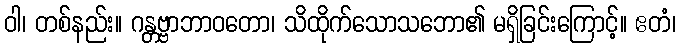
ဝါ၊ တစ်နည်း။ ဂန္တဗ္ဗာဘာဝတော၊ သိထိုက်သောသဘော၏ မရှိခြင်းကြောင့်။ ဧတံ၊